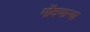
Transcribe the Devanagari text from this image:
गोंदणार्‍या